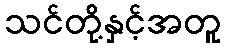
သင်တို့နှင့်အတူ